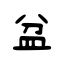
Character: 盆